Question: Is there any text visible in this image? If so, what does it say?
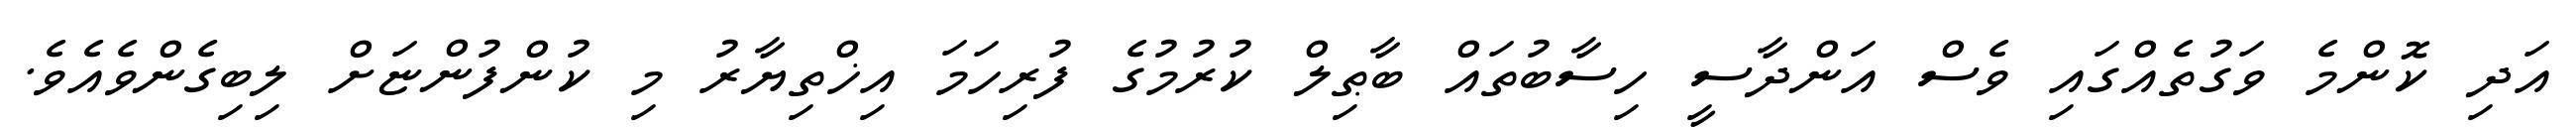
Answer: އަދި ކޮންމެ ވަގުތެއްގައި ވެސް އަންދާސީ ހިސާބުތައް ބާޠިލް ކުރުމުގެ ފުރިހަމަ އިޚްތިޔާރު މި ކުންފުންޏަށް ލިބިގެންވެއެވެ.